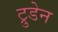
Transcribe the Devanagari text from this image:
ट्रुडेन